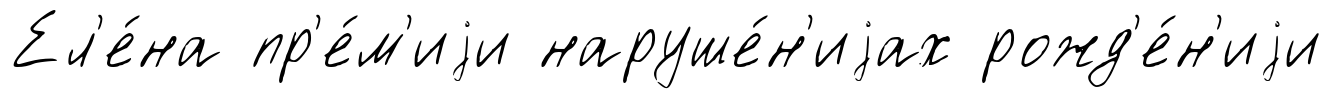
Ел'е́на пр'е́м'иjи наруше́н'иjах рожд'е́н'иjи